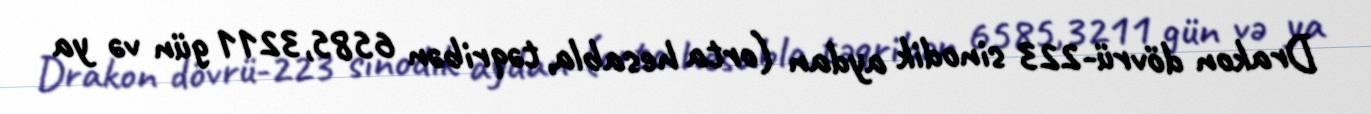
Drakon dövrü-223 sinodik aydan (orta hesabla, təqribən 6585,3211 gün və ya